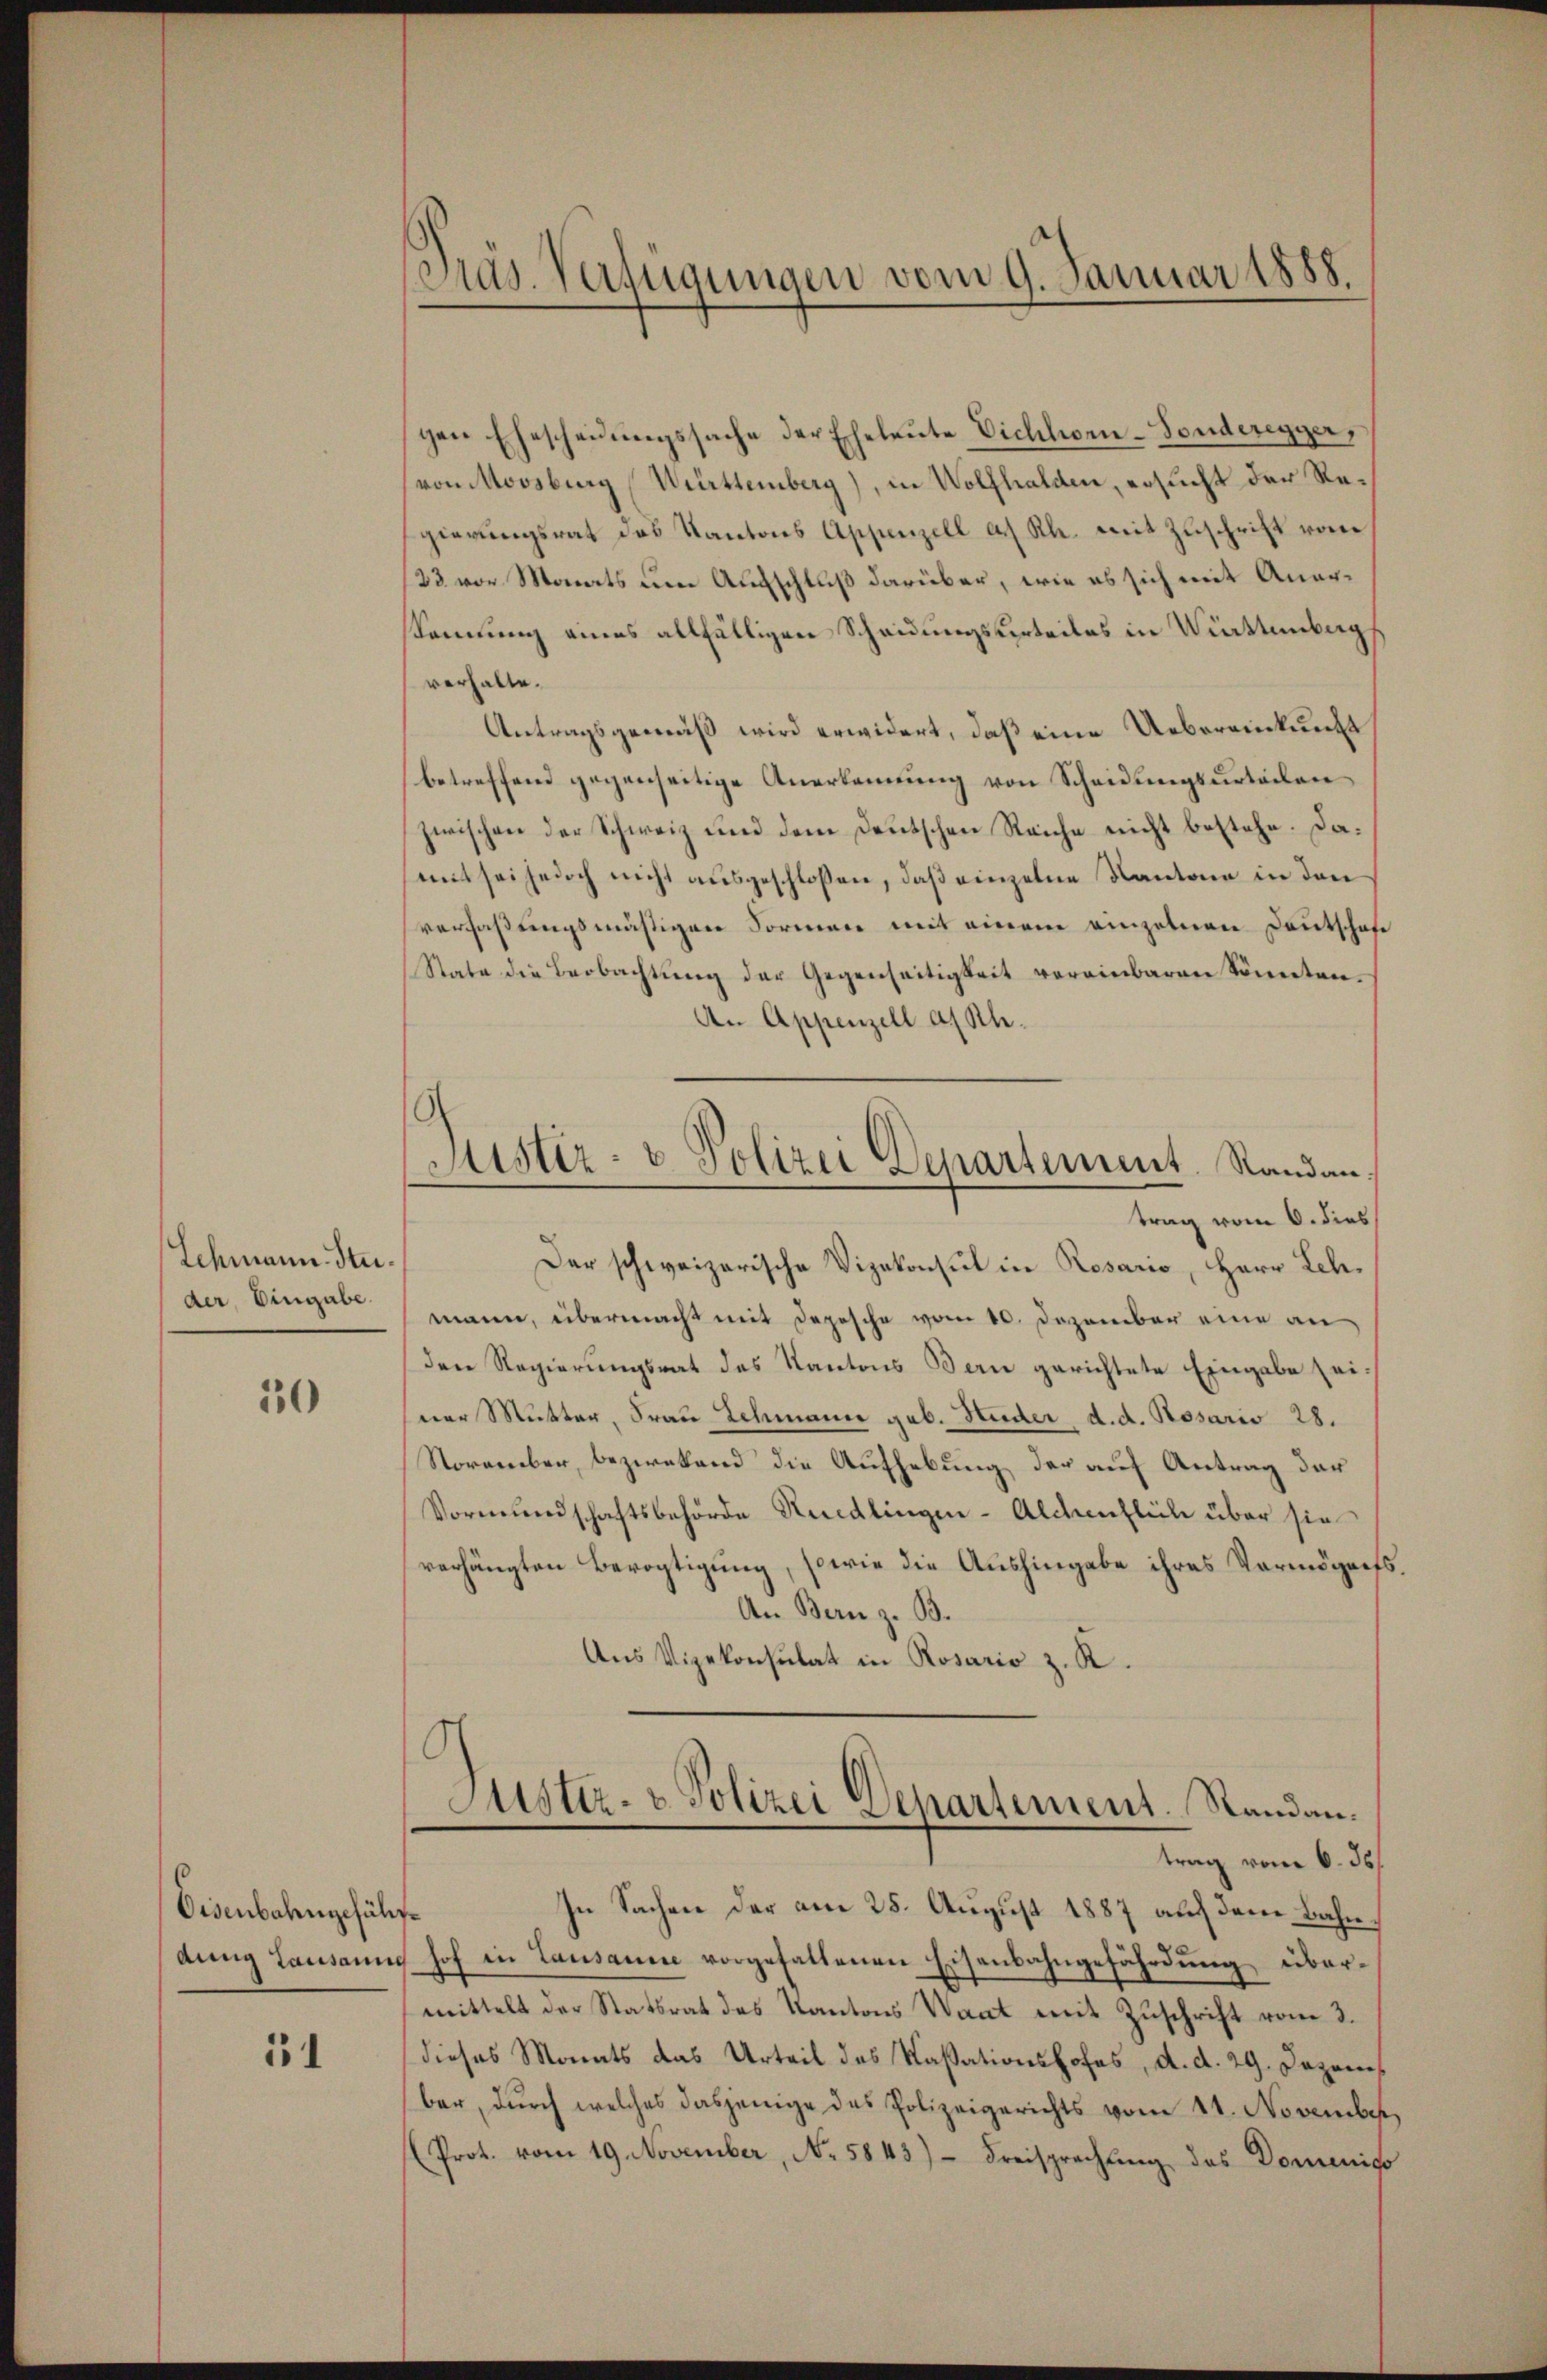
Schmann Studer, Eingabe.

30

Eisenbahngeführe

51

Pras. Verfügungen vom 9. Januar 1888.

gen Ehescheidungssache der Eheleute Vichhorn-Fonderegger,
von Moosburg (Württemberg), in Wolfhalden, ersucht der Regierungsrat das Kantons Appenzell a. Rh. mit Zuschrift von
123 vor Monats um Aufschluß darüber, wie es sich mit Anersamung eines allfälligen Scheidungsurteiles in Wittenbarg
verhalte.
Antragsgemäß wird erwidert, daß eine Uebereinkunft
betreffend gegenseitige Anerkennung von Scheidungsurteilen
zwischen der Schweiz und dem Deutschen Reiche nicht bestehe. Da¬
(mit sei jedoch nicht ausgeschloßen, daß einzelne Kantone in den
verfaßungsmäßigen Formen mit einem einzelnen Deutschafe
Stata die Beobachtŭng der Gegenseitigkeit vereinbaren Sonnten.
An Appenzell a. Rh.
Der schweizerische Vizekonsul in Rosario, Herr Lehmann, übermacht mit Depesche vom 10. Dezember eine an
Den Regierungsrat des Kantons Bern gerichtete Eingabe seiner Mutter, Frau Schmann geb. Huder, d. d. Rosario 28.
November, bezwekend die Aufhebung der auf Antrag der
Vormundschaftsbehörde Kuedlingen-Alchentlich über sie
verhängten Bevogtigung, sowie die Aushingabe ihres Vermögens.
An Bern z. B.
Aus Vizekonsulat in Rosario z. K.
Justiz- & Polizei Departement. Randantrag vom 6. ds.
In Sachen der am 28. August 1887 auf dem Bahndung Lausanne hof in Lausanne vorgehaltenen Eisenbahngefährdung übermittelt der Statsrat des Kantons Waat mit Zuschrift vom 3.
dieses Monats das Urteil des Kassationshofes, d. d. 29. Dezembar, dŭrch welches dasjenige das Polizeigerichts vom 11. November,
Prot. vom 19. November, No. 5843) Freisprechung des Dominiso

Aster- & Polizei Departement. Randan
trag vom 6. dies